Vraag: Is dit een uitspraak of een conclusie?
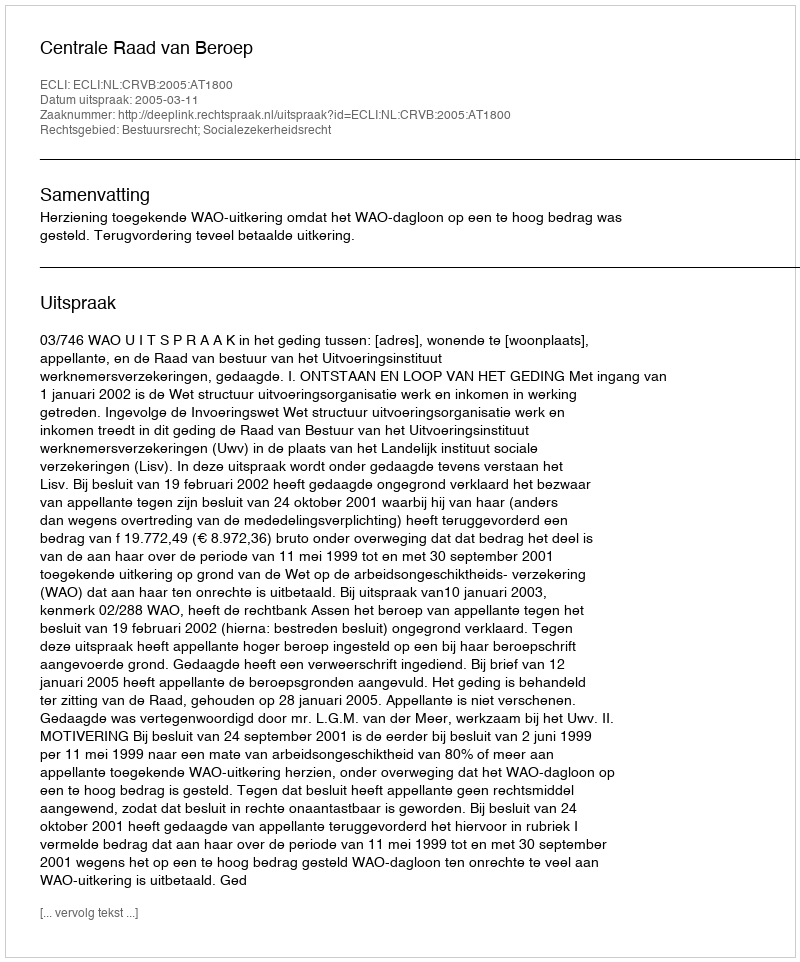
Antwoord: Uitspraak